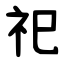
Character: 祀